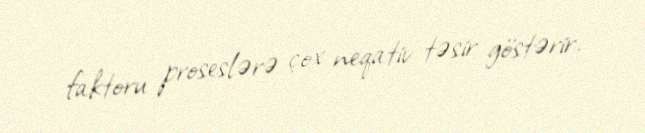
faktoru proseslərə çox neqativ təsir göstərir.